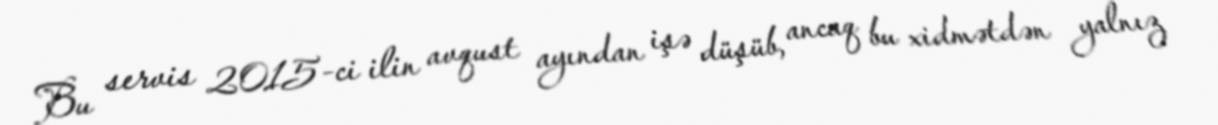
Bu servis 2015-ci ilin avqust ayından işə düşüb, ancaq bu xidmətdən yalnız